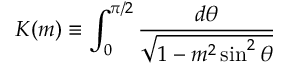
K ( m ) \equiv \int _ { 0 } ^ { \pi / 2 } \frac { d \theta } { \sqrt { 1 - m ^ { 2 } \sin ^ { 2 } { \theta } } } \,